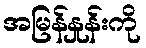
အမြန်နှုန်းကို